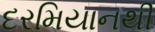
દરમિયાનથી